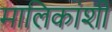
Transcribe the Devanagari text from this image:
मालिकांशी